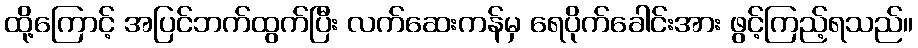
ထို့ကြောင့် အပြင်ဘက်ထွက်ပြီး လက်ဆေးကန်မှ ရေပိုက်ခေါင်းအား ဖွင့်ကြည့်ရသည်။